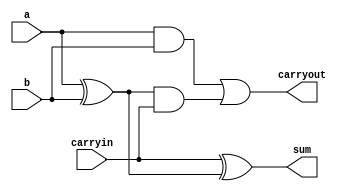
module fa_gate(a , b , carryin , sum , carryout);

input a,b,carryin;
output sum,carryout;
wire w1,w2,w3;

xor x1 ( w1 , a ,b ) ;
and a1 ( w2 , a , b ) ;
xor x2 ( sum , carryin , w1 );
and a2 ( w3 , w1 , carryin );
or  o3 ( carryout , w2 ,w3 );

endmodule